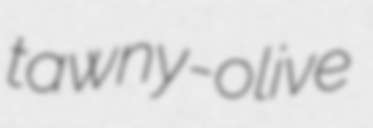
tawny-olive